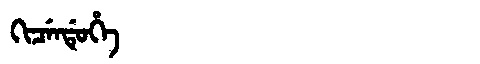
Manchu: ᡴᡳᠴᡝᠨᡩᡠᡥᡝ
Romanization: KICENDUHE